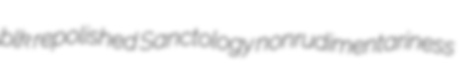
blk repolished Sanctology nonrudimentariness